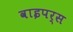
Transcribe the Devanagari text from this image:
वाइपर्स